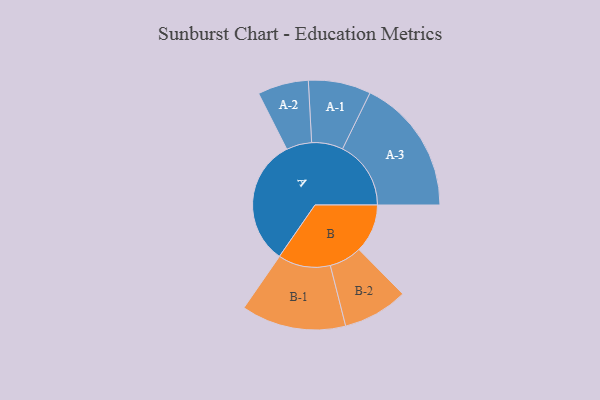
{"axis": {"x": "Segment", "y": "Value"}, "legend": ["", "A", "B"], "data": [{"x": "A", "y": 499, "type": ""}, {"x": "B", "y": 191, "type": ""}, {"x": "A-1", "y": 123, "type": "A"}, {"x": "A-2", "y": 100, "type": "A"}, {"x": "A-3", "y": 269, "type": "A"}, {"x": "B-1", "y": 206, "type": "B"}, {"x": "B-2", "y": 128, "type": "B"}]}